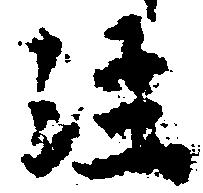
注